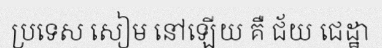
ប្រទេស សៀម នៅឡើយ គឺ ជ័យ ជេដ្ឋា